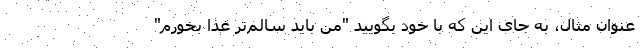
عنوان مثال، به جای این که با خود بگویید "من باید سالم‌تر غذا بخورم"